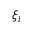
\xi _ { i }